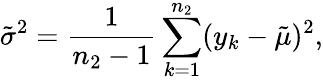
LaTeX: \tilde{\sigma}^{2}=\frac{1}{n_{2}-1}\sum_{k=1}^{n_{2}}(y_{k}-\tilde{\mu})^{2},